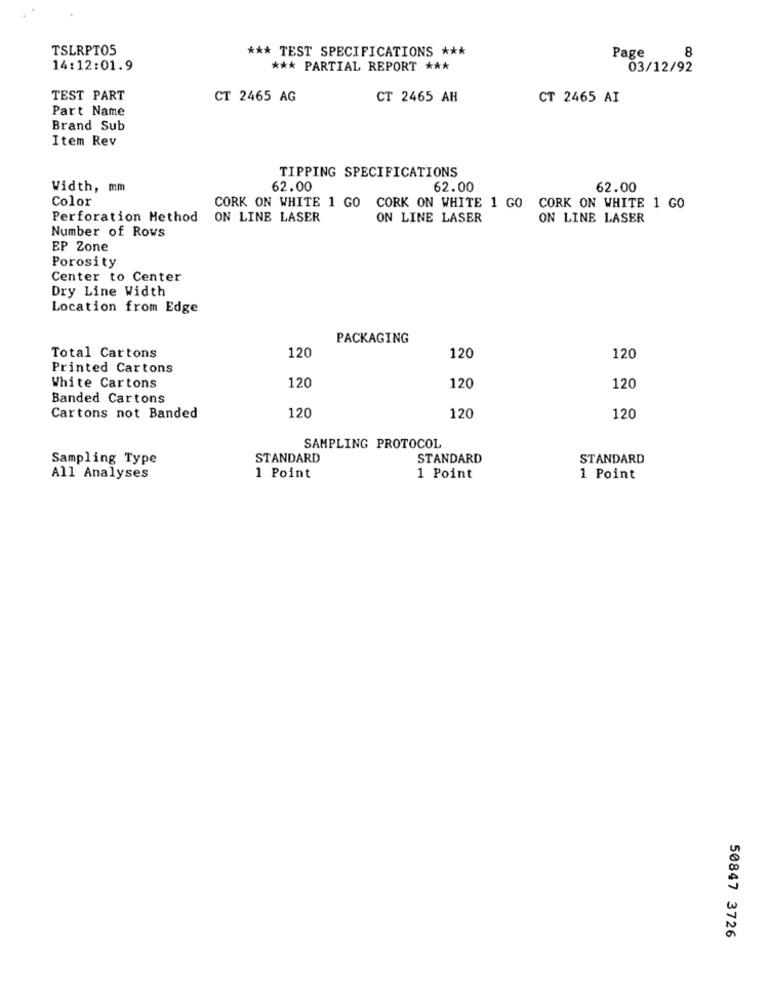
TSLRPTOS
*** TEST SPECIFICATIONS ***
8
Page
14:12:01.9
*** PARTIAL REPORT ***
03/12/92
TEST PART
CT 2465 AG
CT 2465 AH
CT 2465 AI
Part Name
Brand Sub
Item Rev
TIPPING SPECIFICATIONS
Width, mm
62.00
62.00
62.00
Color
CORK ON WHITE 1 GO CORK ON WHITE 1 GO
CORK ON WHITE 1 GO
Perforation Method ON LINE LASER
ON LINE LASER
ON LINE LASER
Number of Rows
EP Zone
Porosity
Center to Center
Dry Line Width
Location from Edge
PACKAGING
120
120
Total Cartons
120
Printed Cartons
120
White Cartons
120
120
Banded Cartons
Cartons not Banded
120
120
120
SAMPLING PROTOCOL
Sampling Type
STANDARD
STANDARD
STANDARD
All Analyses
1 Point
1 Point
1 Point
50847 3726